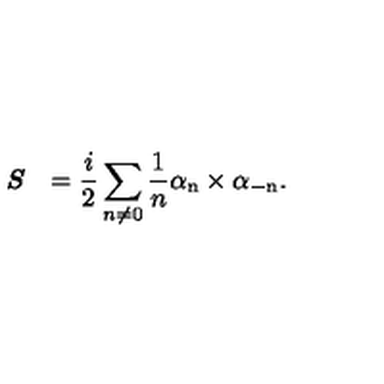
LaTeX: \textit { \textbf { S } } = \frac { i } { 2 } \sum _ { n \neq 0 } \frac { 1 } { n } \mathrm { \boldmath \alpha _ n \times \alpha _ { - n } } .